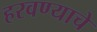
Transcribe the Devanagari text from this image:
हरवण्याचे